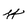
Character: y